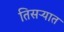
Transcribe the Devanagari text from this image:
तिसऱ्यात